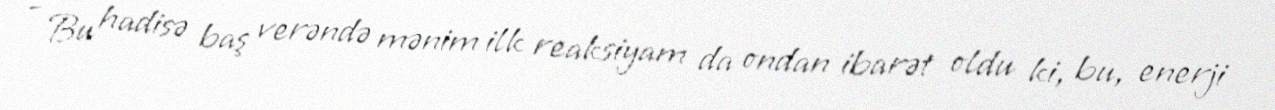
- Bu hadisə baş verəndə mənim ilk reaksiyam da ondan ibarət oldu ki, bu, enerji